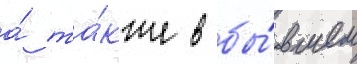
а́ та́кже в бы́вшем